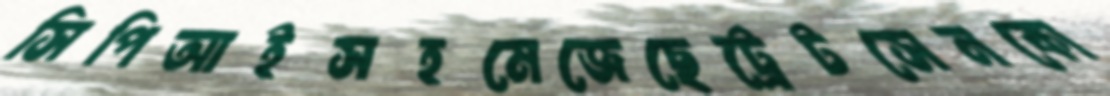
সিপিআইসহমেজেছেট্রেটসেনকো